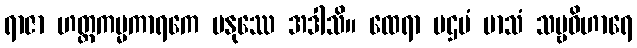
ရာဇာ ဟတ္ထကမ္မကာရကေ မနုဿေ အဒါသိ။ ထေရာ ပဌမံ မာသံ သဗ္ဗဝိဟာရေ